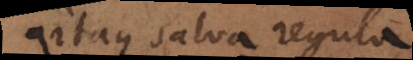
Itaque salva regula